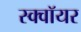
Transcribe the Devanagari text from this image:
स्क्वॉयर